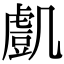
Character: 𧇔